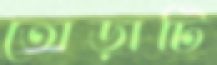
তোড়াটি